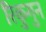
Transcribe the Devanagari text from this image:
रिकुगुन